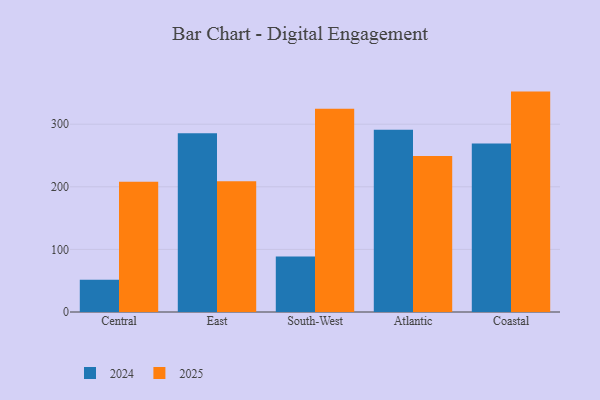
{"axis": {"x": "Region", "y": "Revenue (USD Million)"}, "legend": ["2024", "2025"], "data": [{"x": "Central", "y": 207.9, "type": "2025"}, {"x": "Central", "y": 51.7, "type": "2024"}, {"x": "East", "y": 208.7, "type": "2025"}, {"x": "East", "y": 285.5, "type": "2024"}, {"x": "South-West", "y": 324.6, "type": "2025"}, {"x": "South-West", "y": 88.5, "type": "2024"}, {"x": "Atlantic", "y": 249.2, "type": "2025"}, {"x": "Atlantic", "y": 291.2, "type": "2024"}, {"x": "Coastal", "y": 352.1, "type": "2025"}, {"x": "Coastal", "y": 269.3, "type": "2024"}]}